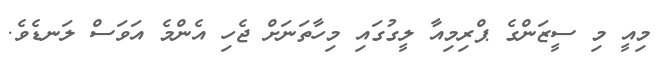
މިއީ މި ސީޒަންގެ ޕްރިމިއާ ލީގުގައި މިހާތަނަށް ޖެހި އެންމެ އަވަސް ލަނޑެވެ.